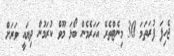
ޖެހިފަ ފުރަތަމަ 30 މިނެޓްތެރޭ އަހަރެމެން ބޯޅަ މޫވް ކުރަމުން ދިޔައީ ވަރަށް